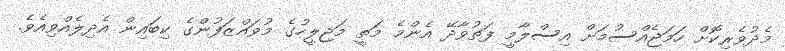
މެދުވެރިކޮށް ހަމަޖެއްސުމަށް އިސްލާމީ ފަތުވާދޭ އެންމެ މަތީ މަޖިލީހުގެ މުވައްޒަފުންގެ ކިބައިން އެދިލެއްވިއެވެ.